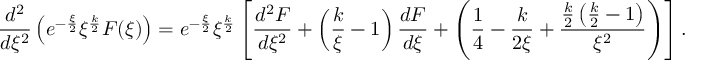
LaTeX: \frac { d ^ { 2 } } { d \xi ^ { 2 } } \left( e ^ { - \frac { \xi } { 2 } } \xi ^ { \frac { k } { 2 } } F ( \xi ) \right) = e ^ { - \frac { \xi } { 2 } } \xi ^ { \frac { k } { 2 } } \left[ \frac { d ^ { 2 } F } { d \xi ^ { 2 } } + \left( \frac { k } { \xi } - 1 \right) \frac { d F } { d \xi } + \left( \frac { 1 } { 4 } - \frac { k } { 2 \xi } + \frac { \frac { k } { 2 } \left( \frac { k } { 2 } - 1 \right) } { \xi ^ { 2 } } \right) \right] .